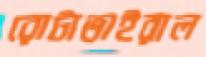
রোটাভাইরাল